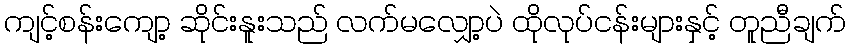
ကျင့်စန်းကျော့ ဆိုင်းနူးသည် လက်မလျှော့ပဲ ထိုလုပ်ငန်းများနှင့် တူညီချက်